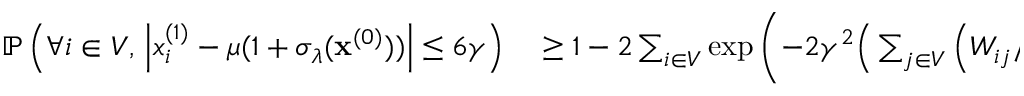
\begin{array} { r l } { \mathbb { P } \left( \forall i \in V , \, \left| x _ { i } ^ { ( 1 ) } - \mu ( 1 + \sigma _ { \lambda } ( \mathbf { x } ^ { ( 0 ) } ) ) \right| \le 6 \gamma \right) } & { { } \ge 1 - 2 \sum _ { i \in V } \exp \left( - 2 \gamma ^ { 2 } \Big ( \sum _ { j \in V } \left( { W _ { i j } } / { D _ { i i } } \right) ^ { 2 } \Big ) ^ { - 1 } \right) } \end{array}